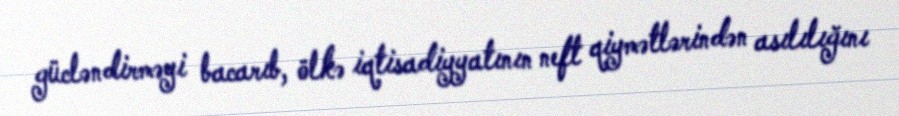
gücləndirməyi bacarıb, ölkə iqtisadiyyatının neft qiymətlərindən asılılığını